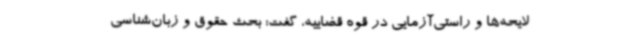
لایحه‌ها و راستی‌آزمایی در قوه قضاییه، گفت: بحث حقوق و زبان‌شناسی